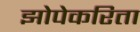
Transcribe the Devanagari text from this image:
झोपेकरिता